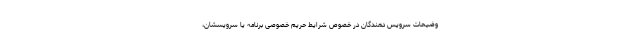
وضیحات سرویس دهندگان در خصوص شرایط حریم خصوصی برنامه یا سرویسشان،